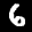
Label: 6